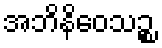
အဘိနိဝေသဉ္စ